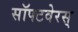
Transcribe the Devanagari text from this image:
सॉफ्टवेरस्